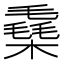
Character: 㯔